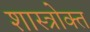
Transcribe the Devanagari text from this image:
शास्‍त्रोक्‍त